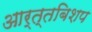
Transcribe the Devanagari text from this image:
आर्त्तबिशप